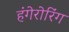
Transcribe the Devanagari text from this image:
हंगेरोरिंग